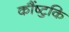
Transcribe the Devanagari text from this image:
कौंष्टुकि